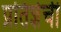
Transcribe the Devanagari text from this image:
प्रतिज्ञेची